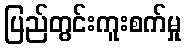
ပြည်တွင်းကူးစက်မှု